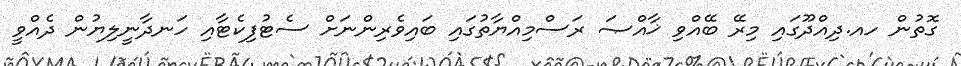
ގޮތުން ހއ.ދިއްދޫގައި މިރޭ ބޭއްވި ޚާއްޞަ ރަސްމިއްޔާތުގައި ބައިވެރިންނަށް ސެޓުފިކެޓާއި ހަނދާނީލިޔުން ދެއްވީ